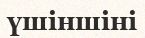
үшіншіні